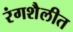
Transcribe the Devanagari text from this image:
रंगशैलीत